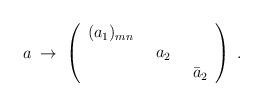
LaTeX: \begin{align*}a\;\to\;\left( \begin{array}{ccc}(a_1)_{mn} \enskip & & \\ & a_2\enskip & \\ & & \bar a_2\end{array} \right)\; .\end{align*}